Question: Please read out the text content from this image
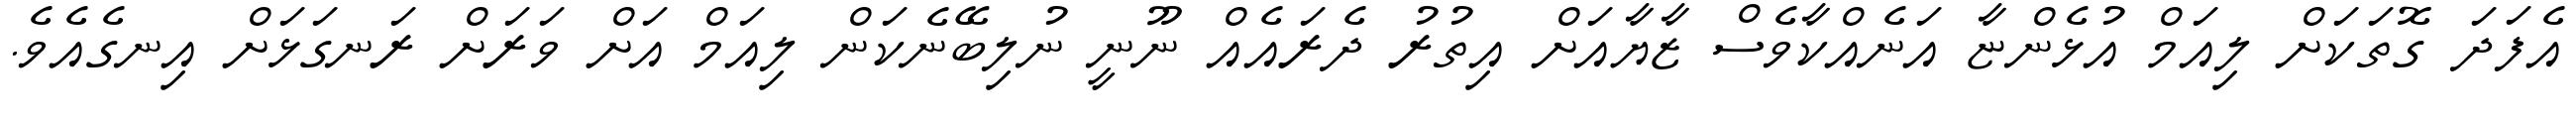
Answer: އެފަދަ ގޮތަކަށް ލިއަމް އުޅެންޏާ އަނެއްކާވެސް ޒާޔާއަށް އިތުރު ދެރައެއް ނޫނީ ނުލިބޭނެކަން ލިއަމް އަށް ވަރަށް ރަނގަޅަށް އިނގެއެވެ.